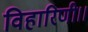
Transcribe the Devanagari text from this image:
विहारिणी।।